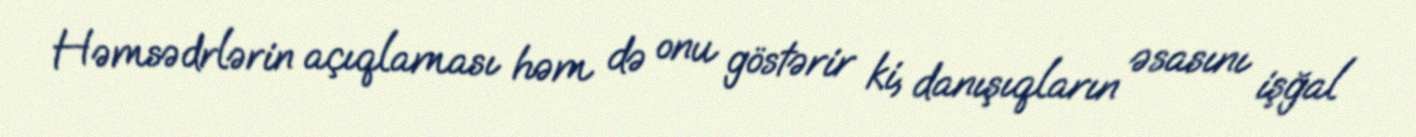
Həmsədrlərin açıqlaması həm də onu göstərir ki, danışıqların əsasını işğal